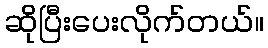
ဆိုပြီးပေးလိုက်တယ်။